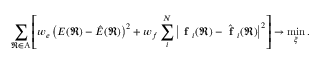
\sum _ { \mathfrak { R } \in \mathrm { A } } \left[ w _ { e } \left( E ( \mathfrak { R } ) - \hat { E } ( \mathfrak { R } ) \right) ^ { 2 } + w _ { f } \sum _ { i } ^ { N } \left| \textbf { f } _ { i } ( \mathfrak { R } ) - \hat { \textbf { f } } _ { i } ( \mathfrak { R } ) \right| ^ { 2 } \right] \rightarrow \operatorname* { m i n } _ { \xi } .